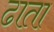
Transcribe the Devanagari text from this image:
ढाता